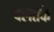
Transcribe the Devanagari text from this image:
दलतर्फे